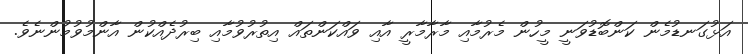
އަޅުގަނޑުމެން ކަންބޮޑުވަނީ މީހުން މެރުމާއި މާރާމާރީ އާއި ވައްކަންތައް އިތުރުވުމާއި ބިރުދެއްކުން އާންމުވުމުންނެވެ.